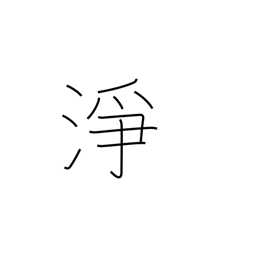
Meaning: unspoiled